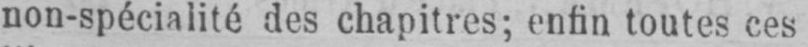
non-spécialité des chapitres; enfin toutes ces